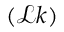
( \mathcal { L } k )